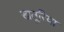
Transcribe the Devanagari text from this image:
खतूरिया